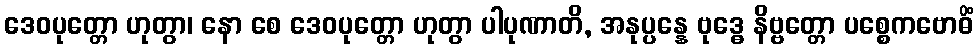
ဒေဝပုတ္တော ဟုတွာ၊ နော စေ ဒေဝပုတ္တော ဟုတွာ ပါပုဏာတိ, အနုပ္ပန္နေ ဗုဒ္ဓေ နိဗ္ဗတ္တော ပစ္စေကဗောဓိံ